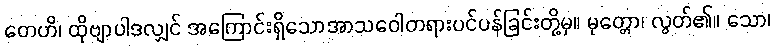
တေဟိ၊ ထိုဗျာပါဒလျှင် အကြောင်းရှိသောအာသဝေါတရားပင်ပန်ခြင်းတို့မှ။ မုတ္တော၊ လွတ်၏။ သော၊